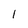
Character: l